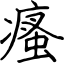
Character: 瘙